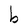
Character: b